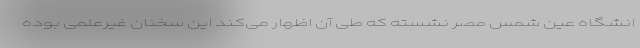
انشگاه عین شمس مصر نشسته که طی آن اظهار می‌کند این سخنان غیرعلمی بوده